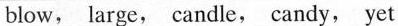
blow, large, candle, candy, yet